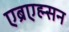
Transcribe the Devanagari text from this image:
एब्रएह्म्सन